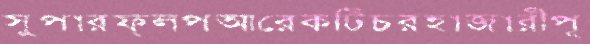
সুপারফ্লপআরেকটিচরহাজারীপূ